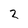
Character: 2